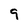
Character: 9